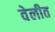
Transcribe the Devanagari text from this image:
वेलीत